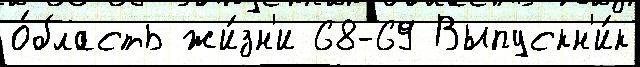
о́бласть жи́зн'и 68-69 Выпускн'и́к